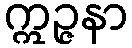
ဣဉ္ဇနာ